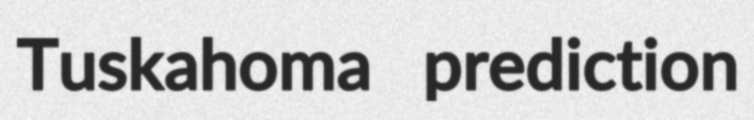
Tuskahoma prediction